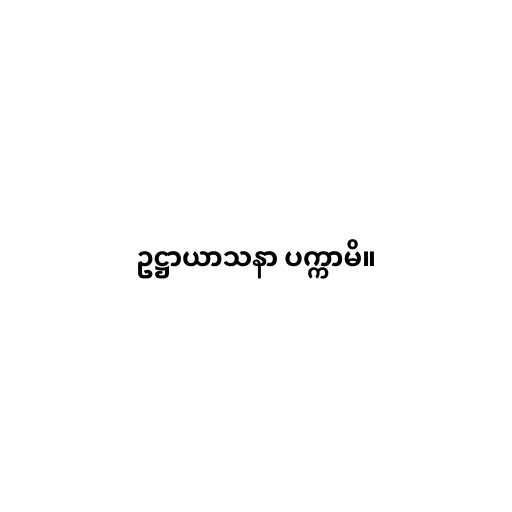
ဥဋ္ဌာယာသနာ ပက္ကာမိ။